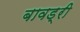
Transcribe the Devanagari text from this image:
बावड्री